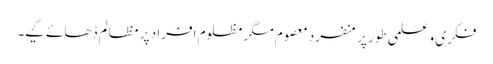
فکری و علمی طور پر منفرد معصوم مگر مظلوم افراد پر مظالم ڈھائے گیے۔